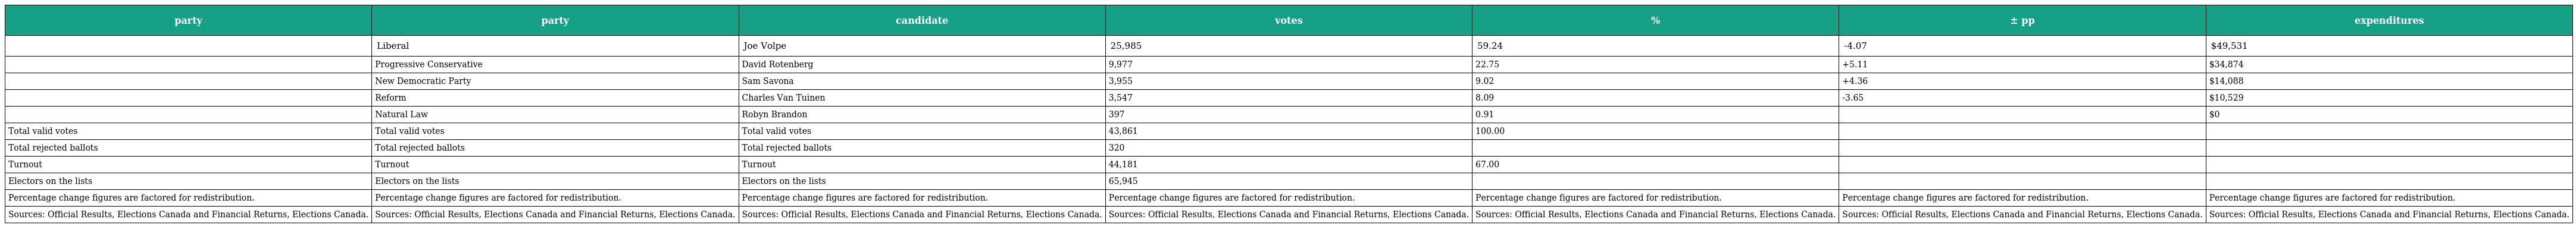
| party | party | candidate | votes | % | ± pp | expenditures |
 | --- | --- | --- | --- | --- | --- | --- |
 |  | Liberal | Joe Volpe | 25,985 | 59.24 | -4.07 | $49,531 |
 |  | Progressive Conservative | David Rotenberg | 9,977 | 22.75 | +5.11 | $34,874 |
 |  | New Democratic Party | Sam Savona | 3,955 | 9.02 | +4.36 | $14,088 |
 |  | Reform | Charles Van Tuinen | 3,547 | 8.09 | -3.65 | $10,529 |
 |  | Natural Law | Robyn Brandon | 397 | 0.91 |  | $0 |
 | Total valid votes | Total valid votes | Total valid votes | 43,861 | 100.00 |  |  |
 | Total rejected ballots | Total rejected ballots | Total rejected ballots | 320 |  |  |  |
 | Turnout | Turnout | Turnout | 44,181 | 67.00 |  |  |
 | Electors on the lists | Electors on the lists | Electors on the lists | 65,945 |  |  |  |
 | Percentage change figures are factored for redistribution. | Percentage change figures are factored for redistribution. | Percentage change figures are factored for redistribution. | Percentage change figures are factored for redistribution. | Percentage change figures are factored for redistribution. | Percentage change figures are factored for redistribution. | Percentage change figures are factored for redistribution. |
 | Sources: Official Results, Elections Canada and Financial Returns, Elections Canada. | Sources: Official Results, Elections Canada and Financial Returns, Elections Canada. | Sources: Official Results, Elections Canada and Financial Returns, Elections Canada. | Sources: Official Results, Elections Canada and Financial Returns, Elections Canada. | Sources: Official Results, Elections Canada and Financial Returns, Elections Canada. | Sources: Official Results, Elections Canada and Financial Returns, Elections Canada. | Sources: Official Results, Elections Canada and Financial Returns, Elections Canada. |